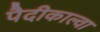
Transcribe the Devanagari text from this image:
पैदीकाल्वा